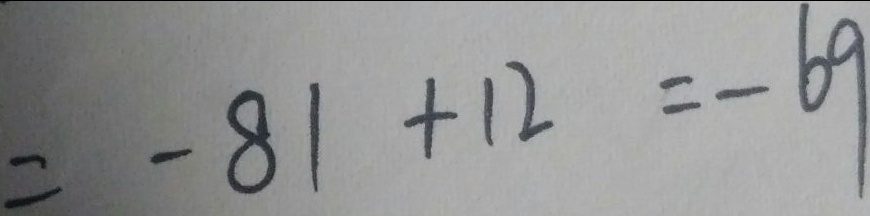
= - 8 1 + 1 2 = - 6 9